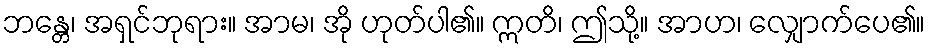
ဘန္တေ၊ အရှင်ဘုရား။ အာမ၊ အို ဟုတ်ပါ၏။ ဣတိ၊ ဤသို့။ အာဟ၊ လျှောက်ပေ၏။